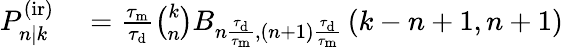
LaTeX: \begin{array}{rl}{P_{n|k}^{\mathrm{(ir)}}}&{{}=\frac{\tau_{\mathrm{m}}}{\tau_{\mathrm{d}}}\binom{k}{n}B_{n\frac{\tau_{\mathrm{d}}}{\tau_{\mathrm{m}}},(n+1)\frac{\tau_{\mathrm{d}}}{\tau_{\mathrm{m}}}}\left(k-n+1,n+1\right)}\end{array}